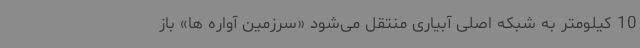
10 کیلومتر به شبکه اصلی آبیاری منتقل می‌شود «سرزمین آواره ها» باز